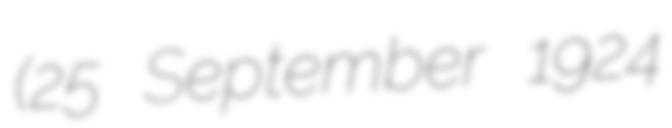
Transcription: (25 September 1924